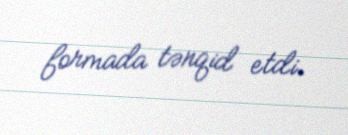
formada tənqid etdi.